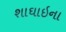
શાઘાઇના